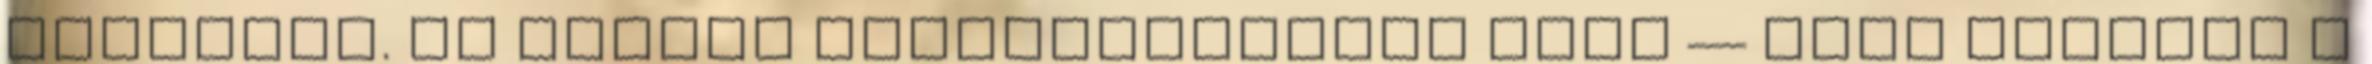
szerepet. Az állami szakigazgatási ágak — mint például a